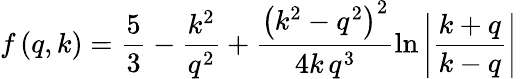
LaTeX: f\left(q,k\right)=\frac{5}{3}-\frac{k^{2}}{q^{2}}+\frac{\left(k^{2}-q^{2}\right)^{2}}{4k\, q^{3}}\ln\left\vert\frac{k+q}{k-q}\right\vert\,